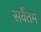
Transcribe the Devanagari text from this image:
सर्वेतम